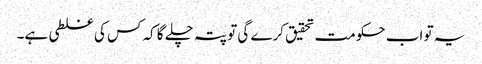
یہ تو اب حکومت تحقیق کرے گی تو پتہ چلے گا کہ کس کی غلطی ہے۔